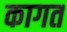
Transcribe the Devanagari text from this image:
कागत